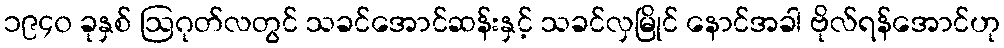
၁၉၄၀ ခုနှစ် ဩဂုတ်လတွင် သခင်အောင်ဆန်းနှင့် သခင်လှမြိုင် နောင်အခါ ဗိုလ်ရန်အောင်ဟု